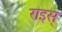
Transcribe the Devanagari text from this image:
राइस्